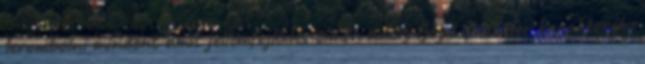
lerombolni mindent amit jellemfejlődés címén addig Boyd Crawder karakterébe